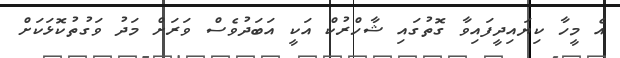
އެ މީހާ ކިޔައިދީފައިވާ ގޮތުގައި ޝާހްރުކް އަކީ އަބަދުވެސް ވަރަށް މަދު ވަގުތުކޮޅަކަށް